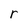
Character: r